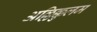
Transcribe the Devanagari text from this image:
अल्लिक्कुलम